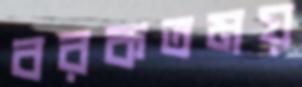
বরকতময়